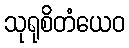
သုရုစိတံယေဝ